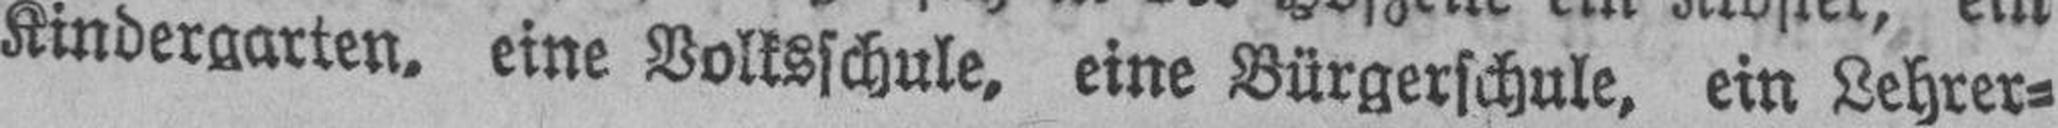
Kindergarten. eine Volksschule, eine Bürgerschule, ein Lehrer¬